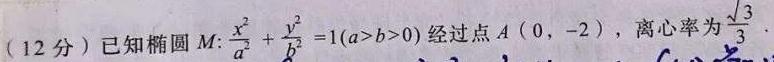
(12 分) 已知椭圆 \(M:\frac{x^{2}}{a^{2}}+\frac{y^{2}}{b^{2}} = 1(a>b>0)\) 经过点 \(A(0,-2)\)，离心率为 \(\frac{\sqrt{3}}{3}\) .